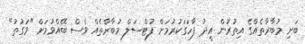
ބަށި މުބާރާތެއްގެ އިތުރުން އީދު ފާހަގަކުރުމަށް ފުޓްސަލް މުބާރާތެއް ވެސް ބޭއްވުމަށް "ވަގުތު"